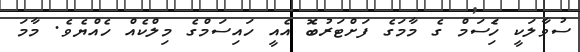
ސުވާލަކީ ހަެިސަމް ގެ މާމަގެ ފަށްޓަރުބަެޮ އެއީ ހައިސަމްގެ މިލްކެއް ހެއްޔެވެ. މާމަ